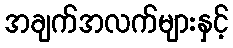
အချက်အလက်များနှင့်